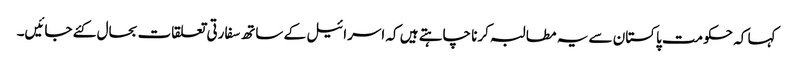
کہا کہ حکومت پاکستان سے یہ مطالبہ کرنا چاہتے ہیں کہ اسرائیل کے ساتھ سفارتی تعلقات بحال کئے جائیں۔